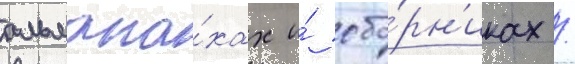
альмана́хах и́ сбо́рн'иках /